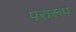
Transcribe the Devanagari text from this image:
परारूप